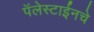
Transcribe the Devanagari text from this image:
पॅलेस्टाईनचे